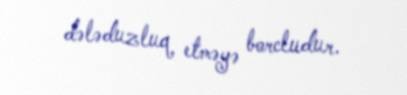
dələduzluq etməyə borcludur.